Code of medical and sanitary regulations for the guidance of medical officers serving in the Madras Presidency - Volume II
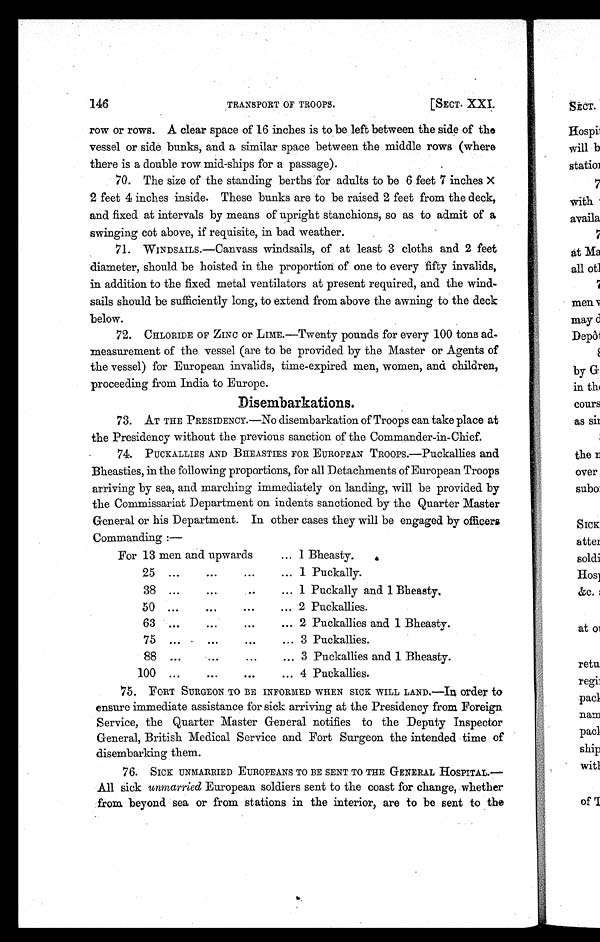
146
[SECT. XXI.
TRANSPORT OF TROOPS.
row or rows. A clear space of 16 inches is to be left between the side of the
vessel or side bunks, and a similar space between the middle rows (where
there is a double row mid-ships for a passage).
70. The size of the standing berths for adults to be 6 feet 7 inches X
2 feet 4 inches inside. These bunks are to be raised 2 feet from the deck,
and fixed at intervals by means of upright stanchions, so as to admit of a
swinging cot above, if requisite, in bad weather.
71.
WINDSAILS.—Canvass windsails, of at least 3 cloths and 2 feet
diameter, should be hoisted in the proportion of one to every fifty invalids,
in addition to the fixed metal ventilators at present required, and the wind-
sails should be sufficiently long, to extend from above the awning to the deck
below.
72. CHLORIDE OF ZINC or LIME.—Twenty pounds for every 100 tons ad-
measurement of the vessel (are to be provided by the Master or Agents of
the vessel) for European invalids, time-expired men, women, and children,
proceeding from India to Europe.
Disembarkations.
73. AT THE PRESIDENCY.—No disembarkation of Troops can take place at
the Presidency without the previous sanction of the Commander-in-Chief.
74. PUCKALLIES AND BHEASTIES FOR EUROPEAN TROOPS.—Puckallies and
Bheasties, in the following proportions, for all Detachments of European Troops
arriving by sea, and marching immediately on landing, will be provided by
the Commissariat Department on indents sanctioned by the Quarter Master
General or his Department. In other cases they will be engaged by officers
Commanding :—
For 13 men and upwards
... 1 Bheasty.
25 ...
. . .
...
... 1 Puckally.
38 ...
. . .
..
... 1 Puckally and 1 Bheasty.
50 ...
. . .
. . .
... 2 Puckallies.
63 ...
. . .
. . .
... 2 Puckallies and 1 Bheasty.
75 ...
. . .
. . .
... 3 Puckallies.
88 ...
...
... 3 Puckallies and 1 Bheasty.
100 ...
. . .
...
... 4 Puckallies.
75. FORT SURGEON TO BE INFORMED WHEN SICK WILL LAND.—IN order to
ensure immediate assistance for sick arriving at the Presidency from Foreign
Service, the Quarter Master General notifies to the Deputy Inspector
General, British Medical Service and Fort Surgeon the intended time of
disembarking them.
76. SICK UNMARRIED EUROPEANS TO BE SENT TO THE GENERAL HOSPITAL.
—
All sick unmarried European soldiers sent to the coast for change, whether
from beyond sea or from stations in the interior, are to be sent to the